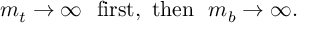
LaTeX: m _ { t } \to \infty \ \ \mathrm { f i r s t } , \ \mathrm { t h e n } \ \ m _ { b } \to \infty .